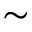
\sim